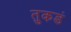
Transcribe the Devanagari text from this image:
तुकडं